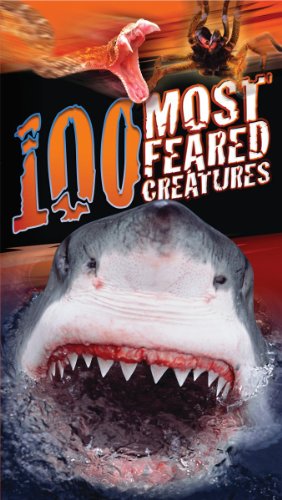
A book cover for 100 Most Feared Creatures on the Planet; Anna Claybourne; Children's Books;